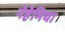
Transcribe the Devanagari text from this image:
नेहेमिया